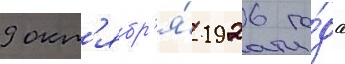
9 окт'ябр'я́ 1926 го́да